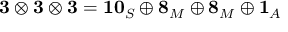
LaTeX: \mathbf { 3 } \otimes \mathbf { 3 } \otimes \mathbf { 3 } = \mathbf { 1 0 } _ { S } \oplus \mathbf { 8 } _ { M } \oplus \mathbf { 8 } _ { M } \oplus \mathbf { 1 } _ { A }